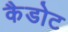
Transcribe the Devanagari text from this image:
कैडोट